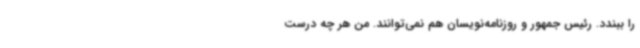
را ببندد. رئیس جمهور و روزنامه‌نویسان هم نمی‌توانند. من هر چه درست